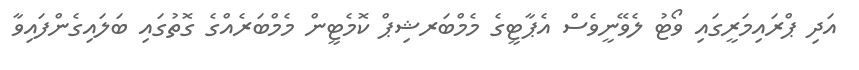
އަދި ޕްރައިމަރީގައި ވޯޓު ލެވޭނީވެސް އެޕާޓީގެ މެމްބަރޝިޕް ކޮމެޓީން މެމްބަރެއްގެ ގޮތުގައި ބަލައިގެންފައިވާ